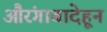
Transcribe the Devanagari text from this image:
औरंगाबादेहून